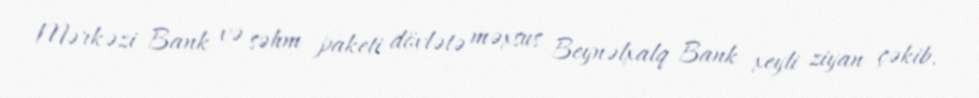
Mərkəzi Bank və səhm paketi dövlətə məxsus Beynəlxalq Bank xeyli ziyan çəkib.